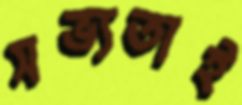
সভ্যতাই